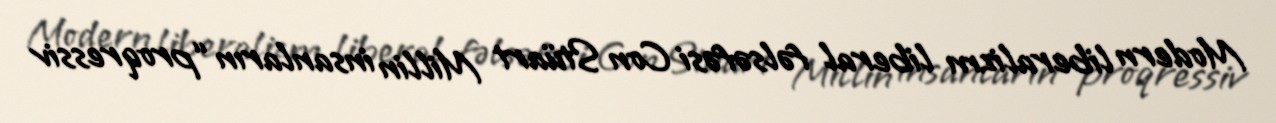
Modern liberalizm liberal fəlsəfəsi Con Stüart Millin insanların “proqressiv